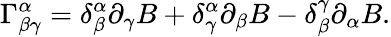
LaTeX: \Gamma_{\beta\gamma}^{\alpha}=\delta_{\beta}^{\alpha}\partial_{\gamma}B+\delta_{\gamma}^{\alpha}\partial_{\beta}B-\delta_{\beta}^{\gamma}\partial_{\alpha}B.